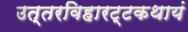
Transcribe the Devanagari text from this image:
उत्तरविहारट्टकथायं